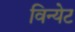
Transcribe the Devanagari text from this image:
विन्येट